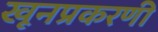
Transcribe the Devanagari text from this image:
खूनप्रकरणी